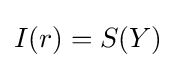
I(r)=S(Y)